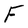
Character: F